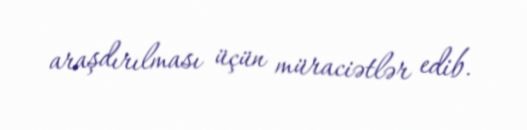
araşdırılması üçün müraciətlər edib.